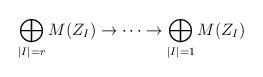
LaTeX: \begin{align*} \bigoplus_{|I|=r}M(Z_I)\rightarrow\cdots\rightarrow \bigoplus_{|I|=1}M(Z_I) \end{align*}